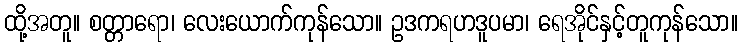
ထို့အတူ။ စတ္တာရော၊ လေးယောက်ကုန်သော။ ဥဒကရဟဒူပမာ၊ ရေအိုင်နှင့်တူကုန်သော။